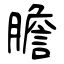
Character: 膽